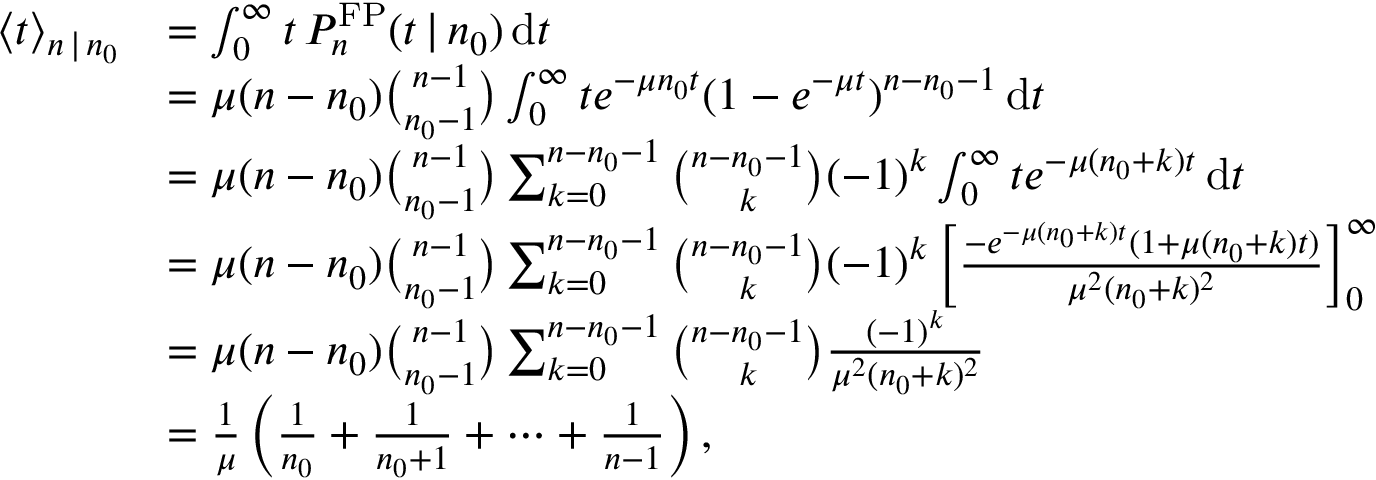
\begin{array} { r l } { \langle t \rangle _ { n \, | \, n _ { 0 } } } & { = \int _ { 0 } ^ { \infty } t \, P _ { n } ^ { \mathrm { F P } } ( t \, | \, n _ { 0 } ) \, \mathrm { d } t } \\ & { = \mu ( n - n _ { 0 } ) { \binom { n - 1 } { n _ { 0 } - 1 } } \int _ { 0 } ^ { \infty } t e ^ { - \mu n _ { 0 } t } ( 1 - e ^ { - \mu t } ) ^ { n - n _ { 0 } - 1 } \, \mathrm { d } t } \\ & { = \mu ( n - n _ { 0 } ) { \binom { n - 1 } { n _ { 0 } - 1 } } \sum _ { k = 0 } ^ { n - n _ { 0 } - 1 } { \binom { n - n _ { 0 } - 1 } { k } } ( - 1 ) ^ { k } \int _ { 0 } ^ { \infty } t e ^ { - \mu ( n _ { 0 } + k ) t } \, \mathrm { d } t } \\ & { = \mu ( n - n _ { 0 } ) { \binom { n - 1 } { n _ { 0 } - 1 } } \sum _ { k = 0 } ^ { n - n _ { 0 } - 1 } { \binom { n - n _ { 0 } - 1 } { k } } ( - 1 ) ^ { k } \left[ \frac { - e ^ { - \mu ( n _ { 0 } + k ) t } ( 1 + \mu ( n _ { 0 } + k ) t ) } { \mu ^ { 2 } ( n _ { 0 } + k ) ^ { 2 } } \right] _ { 0 } ^ { \infty } } \\ & { = \mu ( n - n _ { 0 } ) { \binom { n - 1 } { n _ { 0 } - 1 } } \sum _ { k = 0 } ^ { n - n _ { 0 } - 1 } { \binom { n - n _ { 0 } - 1 } { k } } \frac { ( - 1 ) ^ { k } } { \mu ^ { 2 } ( n _ { 0 } + k ) ^ { 2 } } } \\ & { = \frac { 1 } { \mu } \left( \frac { 1 } { n _ { 0 } } + \frac { 1 } { n _ { 0 } + 1 } + \cdots + \frac { 1 } { n - 1 } \right) , } \end{array}